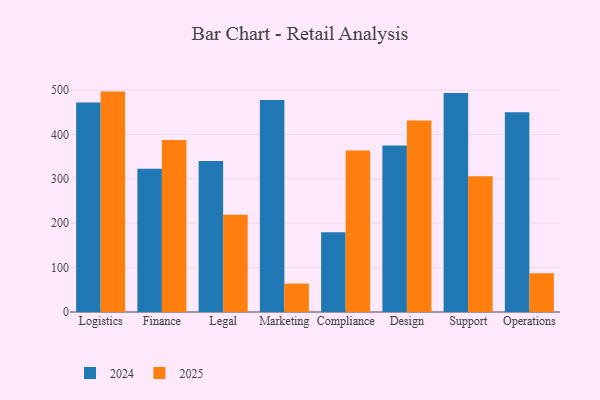
{"axis": {"x": "Department", "y": "Satisfaction Score"}, "legend": ["2024", "2025"], "data": [{"x": "Logistics", "y": 496.8, "type": "2025"}, {"x": "Logistics", "y": 472.4, "type": "2024"}, {"x": "Finance", "y": 387.9, "type": "2025"}, {"x": "Finance", "y": 323.1, "type": "2024"}, {"x": "Legal", "y": 219.3, "type": "2025"}, {"x": "Legal", "y": 340.3, "type": "2024"}, {"x": "Marketing", "y": 64.1, "type": "2025"}, {"x": "Marketing", "y": 477.7, "type": "2024"}, {"x": "Compliance", "y": 364.2, "type": "2025"}, {"x": "Compliance", "y": 179.6, "type": "2024"}, {"x": "Design", "y": 431.7, "type": "2025"}, {"x": "Design", "y": 375.4, "type": "2024"}, {"x": "Support", "y": 305.8, "type": "2025"}, {"x": "Support", "y": 493.9, "type": "2024"}, {"x": "Operations", "y": 87.1, "type": "2025"}, {"x": "Operations", "y": 450.5, "type": "2024"}]}